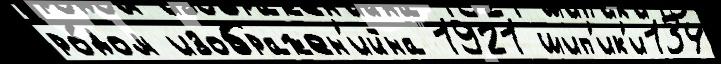
ро́дом изображен'ийна 1921 шип'ик'и134